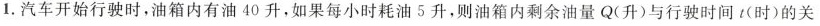
1.汽车开始行驶时，油箱内有油40升，如果每小时耗油5升，则油箱内剩余油量Q(升)与行驶时间t(时)的关